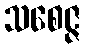
သစေဇ္ဇ